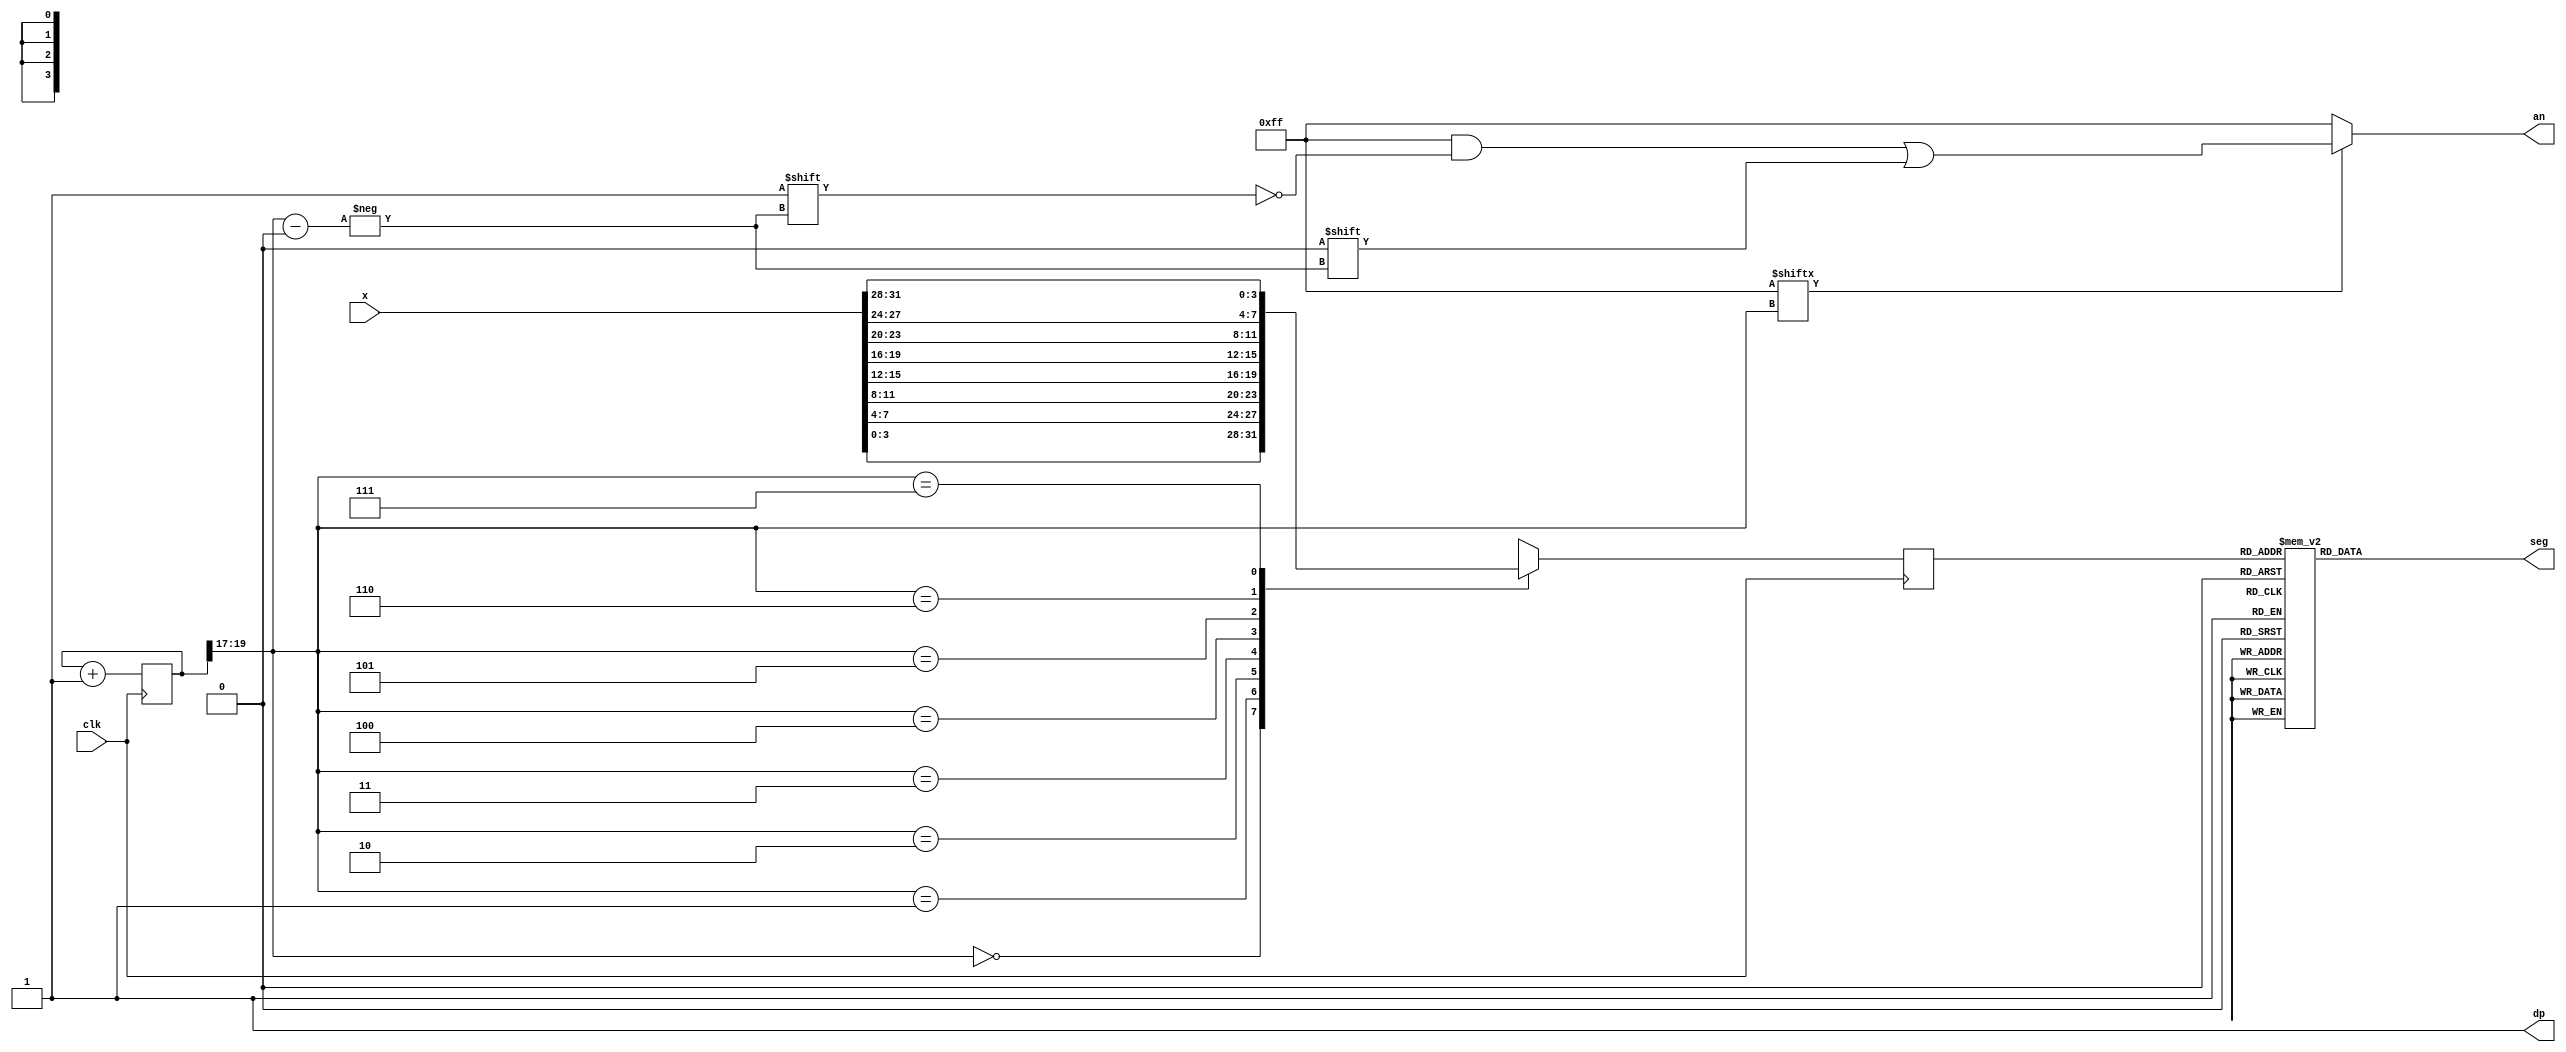
`timescale 1ns / 1ps
//////////////////////////////////////////////////////////////////////////////////
// Company: Digilent Inc.
// 
// Design Name: 
// Module Name:    seg7decimal 
// Project Name: Nexys4DDR Keyboard Demo
// Target Devices: Nexys4DDR
// Tool Versions: 
// Description: 7 segment display driver
// 
// Dependencies: 
//
// Revision: 
// Revision 0.01 - File Created
// Additional Comments: 
//
//////////////////////////////////////////////////////////////////////////////////
module seg7decimal(

	input [31:0] x,
    input clk,
    output reg [6:0] seg,
    output reg [7:0] an,
    output wire dp 
	 );
	 
	 
wire [2:0] s;	 
reg [3:0] digit;
wire [7:0] aen;
reg [19:0] clkdiv;

assign dp = 1;
assign s = clkdiv[19:17];
assign aen = 8'b11111111; // all turned off initially

// quad 4to1 MUX.


always @(posedge clk)// or posedge clr)
	
	case(s)
	0:digit = x[3:0]; // s is 00 -->0 ;  digit gets assigned 4 bit value assigned to x[3:0]
	1:digit = x[7:4]; // s is 01 -->1 ;  digit gets assigned 4 bit value assigned to x[7:4]
	2:digit = x[11:8]; // s is 10 -->2 ;  digit gets assigned 4 bit value assigned to x[11:8
	3:digit = x[15:12]; // s is 11 -->3 ;  digit gets assigned 4 bit value assigned to x[15:12]
	4:digit = x[19:16]; // s is 00 -->0 ;  digit gets assigned 4 bit value assigned to x[3:0]
    5:digit = x[23:20]; // s is 01 -->1 ;  digit gets assigned 4 bit value assigned to x[7:4]
    6:digit = x[27:24]; // s is 10 -->2 ;  digit gets assigned 4 bit value assigned to x[11:8
    7:digit = x[31:28]; // s is 11 -->3 ;  digit gets assigned 4 bit value assigned to x[15:12]

	default:digit = x[3:0];
	
	endcase
	
	//decoder or truth-table for 7seg display values
	always @(*)

case(digit)


//////////<---MSB-LSB<---
//////////////gfedcba////////////////////////////////////////////           a
0:seg = 7'b1000000;////0000												   __					
1:seg = 7'b1111001;////0001												f/	  /b
2:seg = 7'b0100100;////0010												  g
//                                                                       __	
3:seg = 7'b0110000;////0011										 	 e /   /c
4:seg = 7'b0011001;////0100										       __
5:seg = 7'b0010010;////0101                                            d  
6:seg = 7'b0000010;////0110
7:seg = 7'b1111000;////0111
8:seg = 7'b0000000;////1000
9:seg = 7'b0010000;////1001
'hA:seg = 7'b0001000; 
'hB:seg = 7'b0000011; 
'hC:seg = 7'b1000110;
'hD:seg = 7'b0100001;
'hE:seg = 7'b0000110;
'hF:seg = 7'b0001110;

default: seg = 7'b0000000; // U

endcase


always @(*)begin
an=8'b11111111;
if(aen[s] == 1)
an[s] = 0;
end


//clkdiv

always @(posedge clk) begin
clkdiv <= clkdiv+1;
end


endmodule